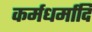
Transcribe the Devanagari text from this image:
कर्मधर्मादि